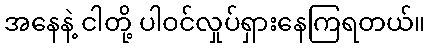
အနေနဲ့ ငါတို့ ပါဝင်လှုပ်ရှားနေကြရတယ်။